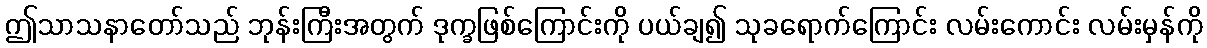
ဤသာသနာတော်သည် ဘုန်းကြီးအတွက် ဒုက္ခဖြစ်ကြောင်းကို ပယ်ချ၍ သုခရောက်ကြောင်း လမ်းကောင်း လမ်းမှန်ကို